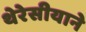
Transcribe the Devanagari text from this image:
थेरेसीयाने